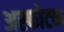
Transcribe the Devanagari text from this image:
अस्फोटक